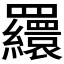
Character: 𦌾